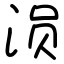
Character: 涢